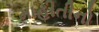
માહીતીનો